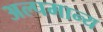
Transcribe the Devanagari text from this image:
अल्पमान्य